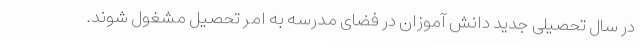
در سال تحصیلی جدید دانش آموزان در فضای مدرسه به امر تحصیل مشغول شوند.